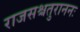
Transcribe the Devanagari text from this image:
राजसश्चतुराननः